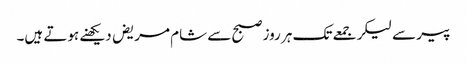
پیر سے لیکر جمعے تک ہر روز صبح سے شام مریض دیکھنے ہوتے ہیں۔